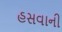
હસવાની